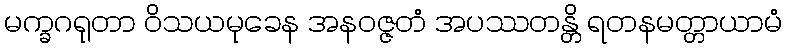
မက္ခဂရုတာ ဝိသယမုခေန အနဝဇ္ဇတံ အပဿတန္တိ ရတနမတ္တာယာမံ